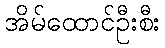
အိမ်ထောင်ဦးစီး